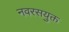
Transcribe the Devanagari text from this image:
नवरसयुक्त